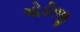
ગોડીજી